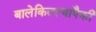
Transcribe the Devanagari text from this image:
बालेकिल्ल्यांपैकी